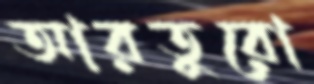
আরতুরো